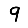
Digit: 9